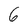
Character: 6